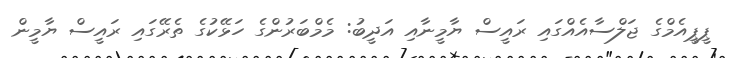
ޕީޕީއެމްގެ ޖަލްސާއެއްގައި ރައީސް ޔާމީނާއި އަދީބު: މެމްބަރުންގެ ހަޅޭކުގެ ތެރޭގައި ރައީސް ޔާމީން